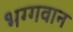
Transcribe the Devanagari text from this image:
भग्गवान